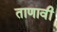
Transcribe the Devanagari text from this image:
ताणावी